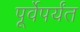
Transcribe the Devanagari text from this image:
पूर्वेपर्यंत